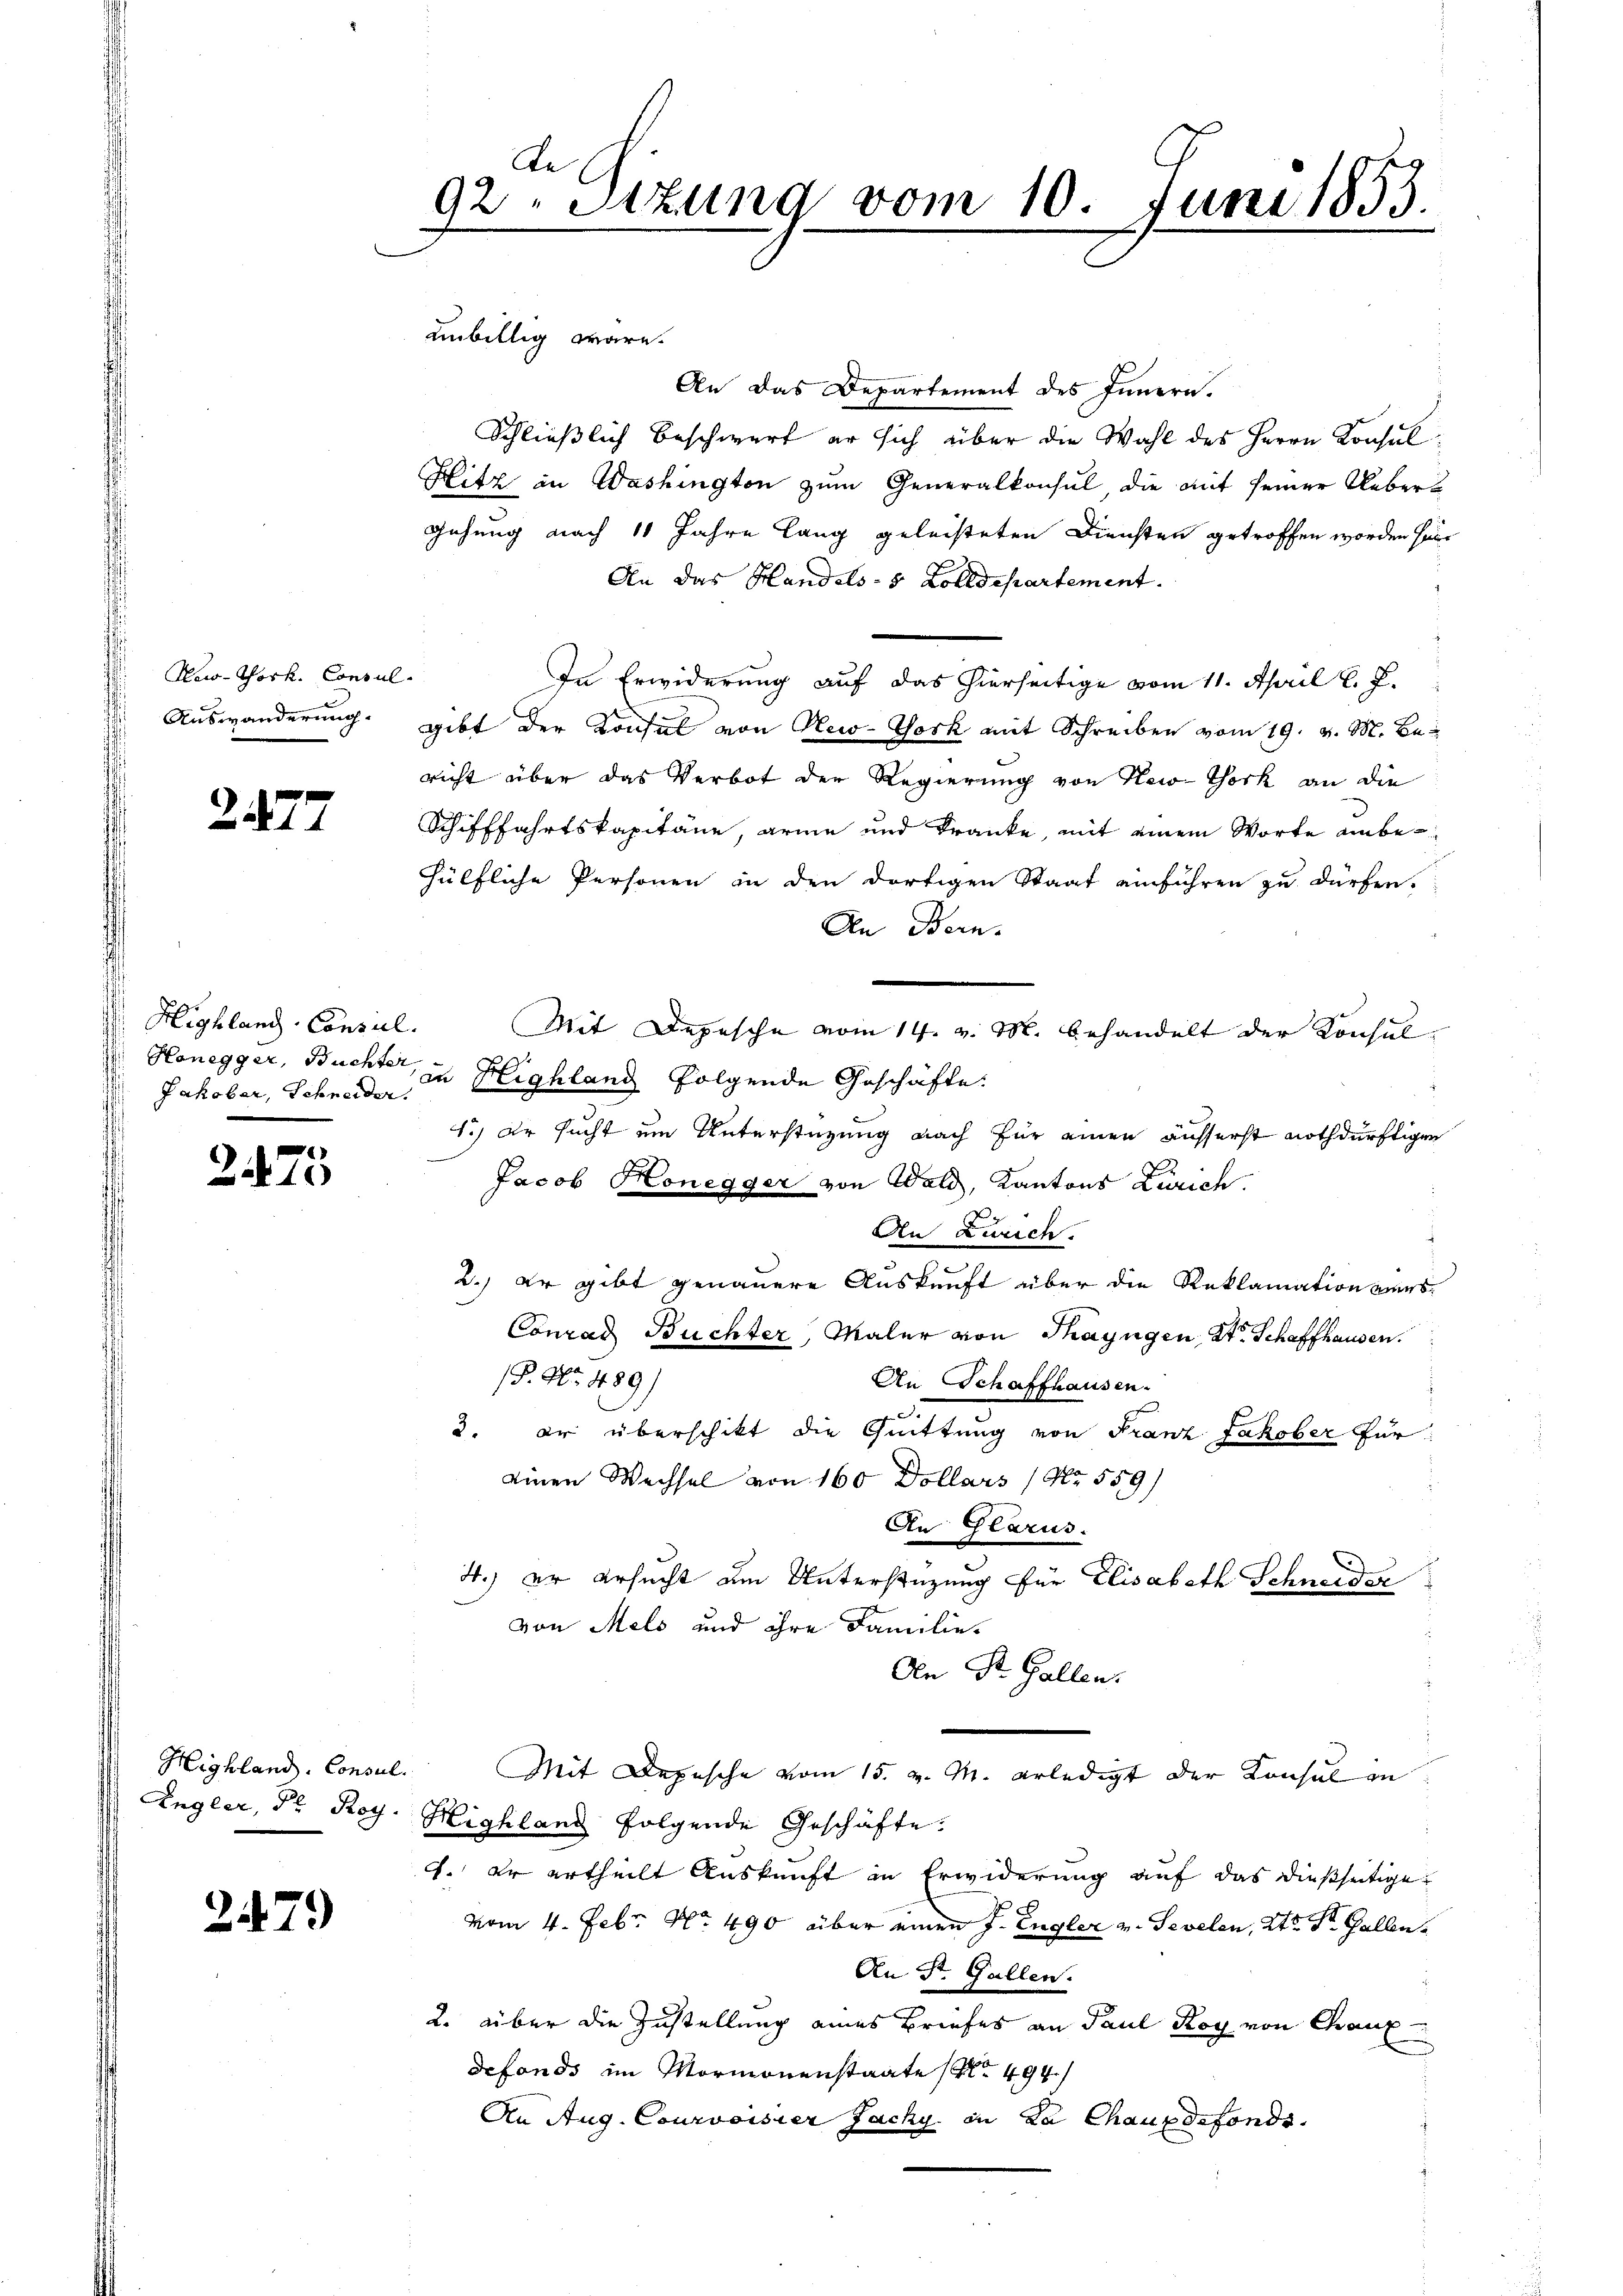
New-York, Consul
Auswanderung.

2477

Highland-Consul
 Honegger, Buchter,
Jakober, Schneider.

2475

Highland. Consul
Engler, Dr. Rog.

2479

de
92. Sitzung vom 10. Juni 1855.

d

.
9

übillig wäre.
An das Departement des Innern.
Schließlich beschwert er sich über die Wahl des Herrn Konsul¬
Litz in Washington zum Generalkonsul die auf seiner Uebergehung nach 11 Jahre Lang geleisteten Diensten getroffen worden sein
An das Handels- 5 Zolldepartement.
In Erwiderung auf das hierseitige vom 11. April l. J.
gibt der Konsul von New-York mit Schreiben vom 19. v. M. Beicht über das Verbot der Regierung von New-York an die
Schifffahrtskapitäne, arme und Kranke, mit einem Worte unbehülfliche Personen in den dortigen Staat einführen zu dürfen.
An Bern.
Mit Depesche vom 14. v. M. behandelt der Konsul-
u Highland folgende Geschäfte
1.) Er sucht um Unterstüzung nach für einen äusserst nothdürftigen
Jacob Honegger von Wald, Kantons Zürich.
An Zürich.
2.) Er gibt genauere Auskunft über die Reklamation vers¬
Conrad Buchter, Maler von Thayngen, St. Schaffhausen.
P. Nr. 489)
An Schaffhausen.
2. er überschikt die Quittung von Franz Jakober für
einen Wechsel von 160 Dollars / Nr. 559)
An Glarus.
4.) er ersucht am Unterstüzung für Elisabeth Schneider
von Mels und ihre Familie.
An St. Gallen.
Mit Depesche vom 15. v. M. erledigt der Konsul in
Highland folgende Geschäfte.
Er ertheilt Auskunft in Erwiderung auf das dießseitige
vom 4. Febr. No. 490 über einen J. Engler v. Sevelen, 2te Sr. Halbe
An St. Gallen.
2. über die Zustellung eines Briefes an Paul Koy von Chaux
defonds im Mormonenstaate (494.
An Aug. Courvoisier Jachy in La Chauxdefonds.